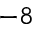
^ { - 8 }